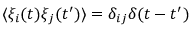
\langle \xi _ { i } ( t ) \xi _ { j } ( t ^ { \prime } ) \rangle = \delta _ { i j } \delta ( t - t ^ { \prime } )